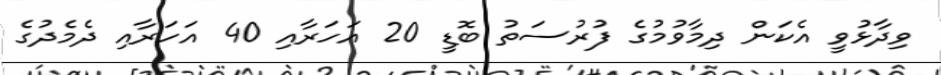
ވިދާޅުވީ އެކަން ދިމާވުމުގެ ފުރުސަތު ބޮޑީ 20 އަހަރާއި 40 އަހަރާއި ދެމެދުގެ